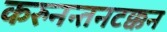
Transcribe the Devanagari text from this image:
करुनन्तनटक्कन